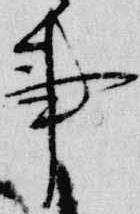
事